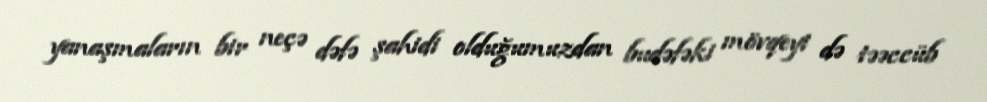
yanaşmaların bir neçə dəfə şahidi olduğumuzdan budəfəki mövqeyi də təəccüb